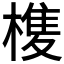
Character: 𭫺